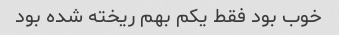
خوب بود فقط یکم بهم ریخته شده بود